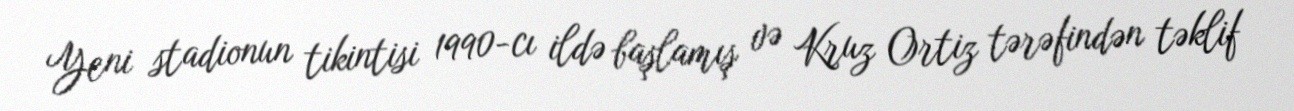
Yeni stadionun tikintisi 1990-cı ildə başlamış və Kruz Ortiz tərəfindən təklif